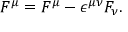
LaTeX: { \cal F } ^ { \mu } = F ^ { \mu } - { \epsilon } ^ { { \mu } { \nu } } F _ { \nu } .